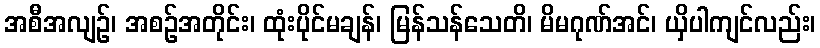
အစီအလျဉ်၊ အစဉ်အတိုင်း၊ ထုံးပိုင်မချန်၊ မြန်သန်သေတိ၊ မိမဂုဏ်အင်၊ ယှိပါကျင်လည်း၊